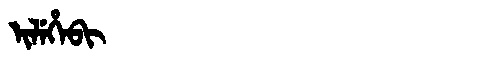
Manchu: ᡳᠯᡝᡥᡝᠪᡳ
Romanization: ILEHEBI